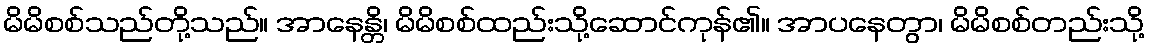
မိမိစစ်သည်တို့သည်။ အာနေန္တိ၊ မိမိစစ်ထည်းသို့ဆောင်ကုန်၏။ အာပနေတွာ၊ မိမိစစ်တည်းသို့